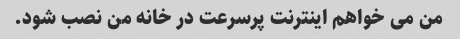
من می خواهم اینترنت پرسرعت در خانه من نصب شود.